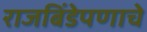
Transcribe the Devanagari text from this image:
राजबिंडेपणाचे